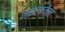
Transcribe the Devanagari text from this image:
नाइटक्वेस्ट